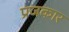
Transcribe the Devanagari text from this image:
प्रजकार